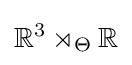
\mathbb {R} ^{3}\rtimes _{\Theta }\mathbb {R}